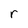
Character: r